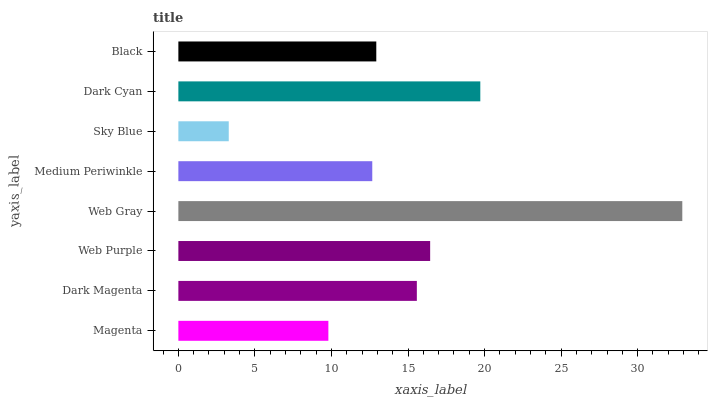
| yaxis_label | bars |
 | --- | --- |
 | Magenta | 9.8 |
 | Dark Magenta | 15.6 |
 | Web Purple | 16.4 |
 | Web Gray | 32.9 |
 | Medium Periwinkle | 12.7 |
 | Sky Blue | 3.29 |
 | Dark Cyan | 19.7 |
 | Black | 12.9 |